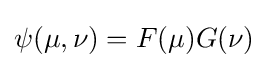
\psi (\mu ,\nu )=F(\mu )G(\nu )